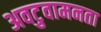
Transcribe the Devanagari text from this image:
अवटुवामनता